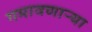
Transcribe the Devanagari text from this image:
गमावणाऱ्या